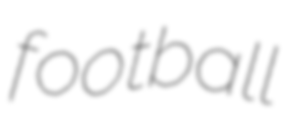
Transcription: football